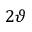
2 \vartheta